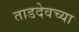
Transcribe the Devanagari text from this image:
ताडदेवच्या